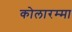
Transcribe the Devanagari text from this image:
कोलारम्मा